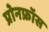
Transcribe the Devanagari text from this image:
प्रोनफ्रॉस